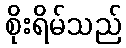
စိုးရိမ်သည်